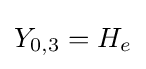
Y_{0,3}=H_{e}